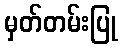
မှတ်တမ်းပြု